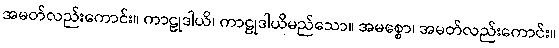
အမတ်လည်းကောင်း။ ကာဠုဒါယိ၊ ကာဠုဒါယိမည်သော။ အမစ္စော၊ အမတ်လည်းကောင်း။